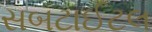
સબટાઈટલ